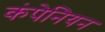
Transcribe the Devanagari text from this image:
कंपेनियन